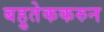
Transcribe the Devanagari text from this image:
बहुतेककरुन